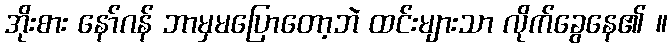
အိုးစား နော်ဂန် ဘာမှမပြောတော့ဘဲ ထင်းများသာ လိုက်ခွေနေ၏ ။